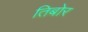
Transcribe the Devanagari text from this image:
तिबोर